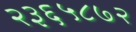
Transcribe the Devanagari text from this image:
२३६५८७२